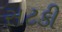
સટકી